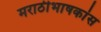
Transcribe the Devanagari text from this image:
मराठीभाषकांस